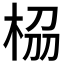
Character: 𭪁